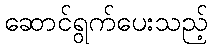
ဆောင်ရွက်ပေးသည့်